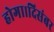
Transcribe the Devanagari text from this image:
होगा।दिसंबर